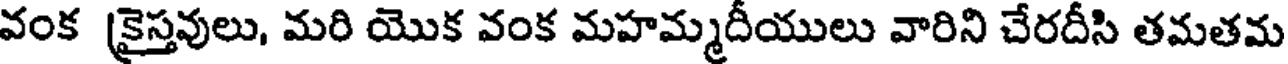
వంక [కైస్తవులు, మరి యొక వంక మహమ్మదీయులు వారిని చేరదీసి తమతమ